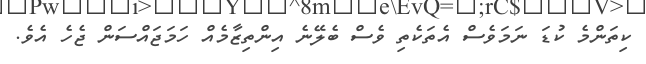
ކިތަންމެ ކުޑަ ނަމަވެސް އެތަކެތި ވެސް ބެލޭނެ އިންތިޒާމެއް ހަމަޖައްސަން ޖެހެ އެވެ.